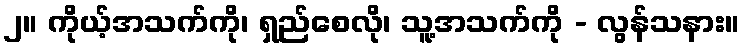
၂။ ကိုယ့်အသက်ကို၊ ရှည်စေလို၊ သူ့အသက်ကို - လွန်သနား။